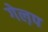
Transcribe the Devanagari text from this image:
गेल़प